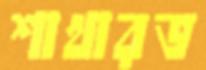
শাখারভ